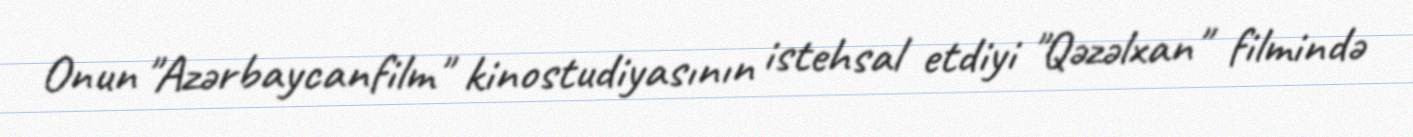
Onun "Azərbaycanfilm" kinostudiyasının istehsal etdiyi "Qəzəlxan" filmində